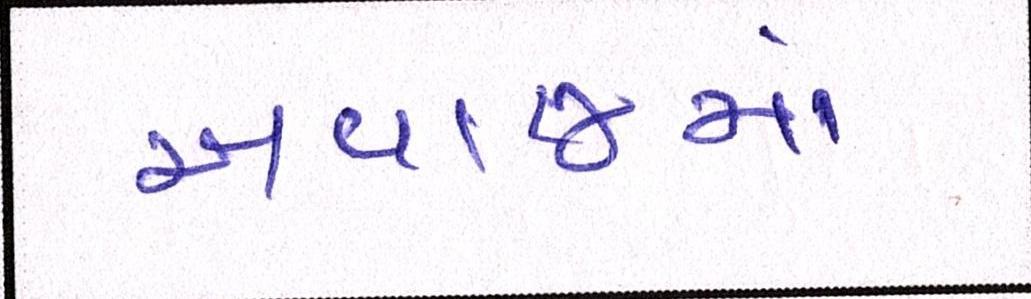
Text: અવાજમાં